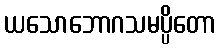
ယသောဘောဂသမပ္ပိတော